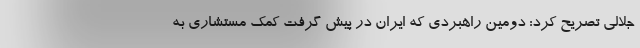
جلالی تصریح کرد: دومین راهبردی که ایران در پیش گرفت کمک مستشاری به